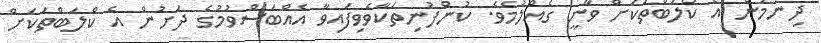
ދިނުމުން އެ ކްލަބްތަކަށް ވާނީ ގެއްލުމެވެ. ކުންފުނިތަކާވެވިފައިވާ އެއްބަސްވުމުގެ ދަށުން އެ ކްލަބްތަކަށް